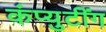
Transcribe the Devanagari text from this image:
कंप्युटींग